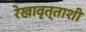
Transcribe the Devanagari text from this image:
रेखावृत्ताशी